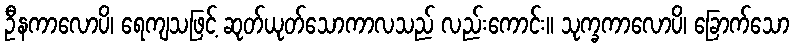
ဦနကာလောပိ၊ ရေကျသဖြင့် ဆုတ်ယုတ်သောကာလသည် လည်းကောင်း။ သုက္ခကာလောပိ၊ ခြောက်သော